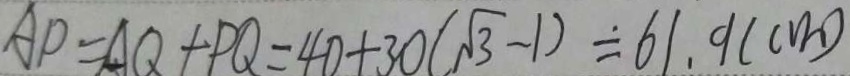
A P = A Q + P Q = 4 0 + 3 0 ( \sqrt { 3 } - 1 ) = 6 1 . 9 ( c m )